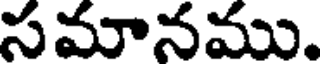
సమానము.